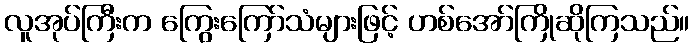
လူအုပ်ကြီးက ကြွေးကြော်သံများဖြင့် ဟစ်အော်ကြိုဆိုကြသည်။